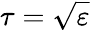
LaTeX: \tau={\sqrt{\varepsilon}}